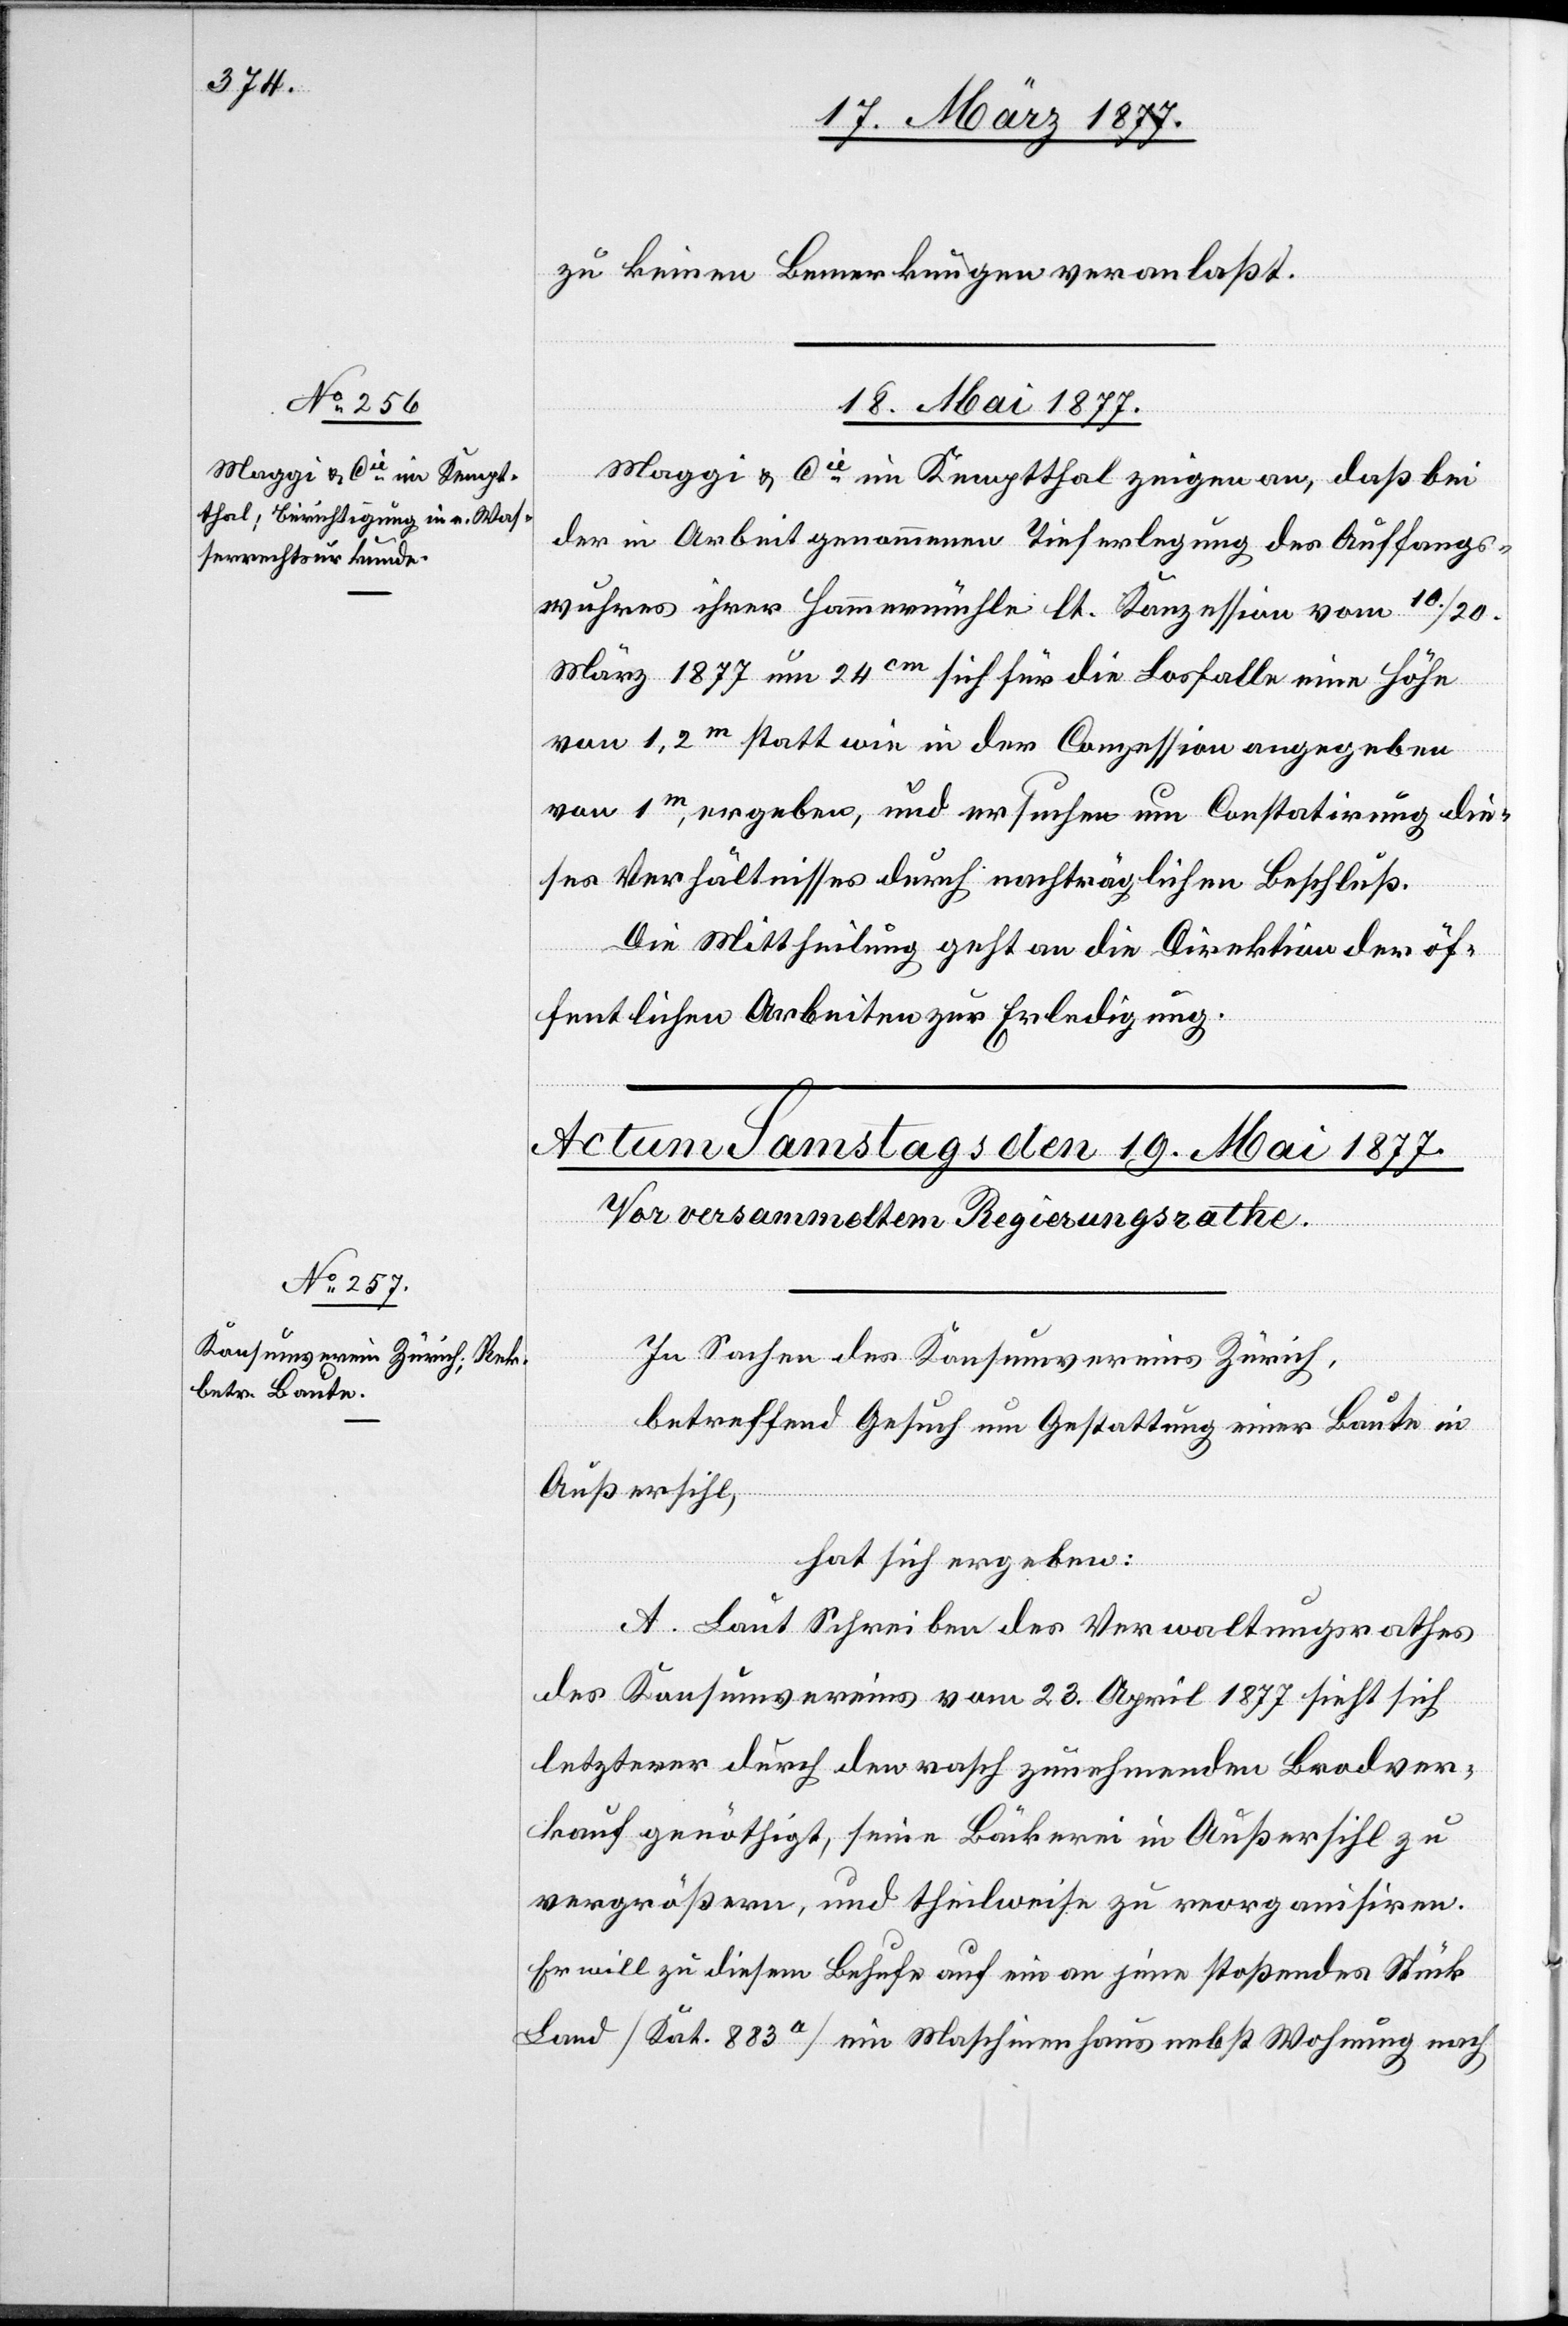
zu keinen Bemerkungen veranlaßt.
18. Mai 1877.
Maggi & Cie im Kemptthal zeigen an, daß bei
der in Arbeit genommenen Tieferlegung des Auffangs¬
wuhres ihrer Hammermühle lt. Konzession vom 10./20.
März 1877 um 24cm sich für die Losfalle eine Höhe
von 1,2m statt wie in der Conzession [sic!] angegeben
von 1m, ergeben, und ersuche um Constatirung die¬
ses Verhältnisses durch nachträglichen Beschluß.
Die Mittheilung geht an die Direktion der öf¬
fentlichen Arbeiten zur Erledigung.
In Sachen des Konsumvereins Zürich,
betreffend Gesuch um Gestattung einer Baute in
Außersihl,
hat sich ergeben:
A. Laut Schreiben des Verwaltungsrathes
des Konsumvereins vom 23. April 1877 sieht sich
letzterer durch den rasch zunehmenden Brodver¬
kauf genöthigt, seine Bäckerei in Außersihl zu
vergrößern, und theilweise zu reorganisiren.
Er will zu diesem Behufe auf ein an jene stoßendes Stück
Land [Kat. 883a] ein Maschinenhaus nebst Wohnung nach